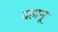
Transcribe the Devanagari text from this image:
दहानू